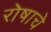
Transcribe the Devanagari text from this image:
रोषाचे